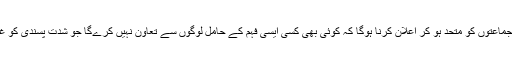
ریاست، حکومت اور سیاسی جماعتوں کو متحد ہو کر اعلان کرنا ہوگا کہ کوئی بھی کسی ایسی فہم کے حامل لوگوں سے تعاون نہیں کرےگا جو شدت پسندی کو غذا فراہم کرنے کا ذریعہ بنے۔